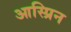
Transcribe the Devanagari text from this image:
आस्प्रिन